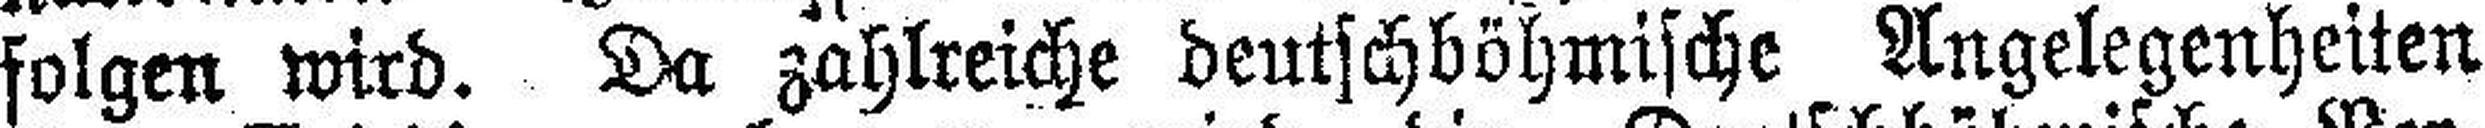
folgen wird. Da zahlreiche deutschböhmische Angelegenheiten